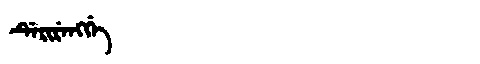
Manchu: ᡩᡝᡵᡳᡵᡝᠩᡤᡝ
Romanization: DERIRENGGE